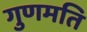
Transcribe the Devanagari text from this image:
गुणमति